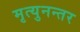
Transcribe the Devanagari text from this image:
मृत्युनन्तर